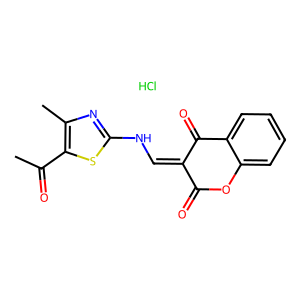
SMILES: CC(=O)c1sc(NC=C2C(=O)Oc3ccccc3C2=O)nc1C.Cl
Inhibits HIV replication: No